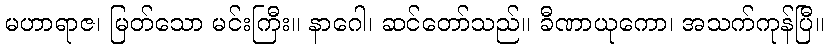
မဟာရာဇ၊ မြတ်သော မင်းကြီး။ နာဂေါ၊ ဆင်တော်သည်။ ခီဏာယုကော၊ အသက်ကုန်ပြီ။